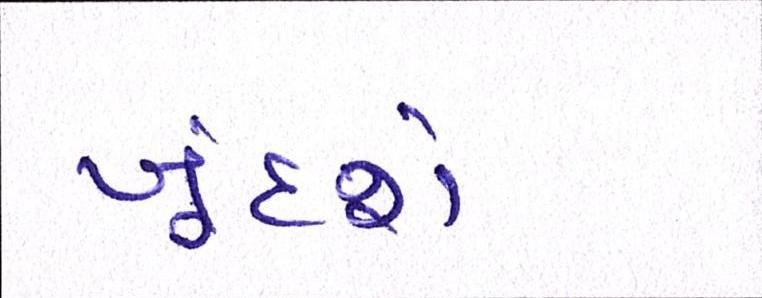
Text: ખૂંદશે